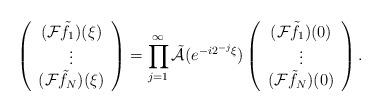
LaTeX: \begin{align*}\left ( \begin{array}{c} (\mathcal{F}\tilde{f_{1}})(\xi) \\ \vdots \\ (\mathcal{F}\tilde{f}_{N})(\xi) \end{array} \right ) = \prod_{j = 1}^{\infty} \tilde{\mathcal{A}}( e^{- i 2^{-j} \xi } ) \left ( \begin{array}{c} (\mathcal{F}\tilde{f_{1}})( 0 ) \\ \vdots \\ (\mathcal{F}\tilde{f}_{N})( 0 ) \end{array} \right ) .\end{align*}